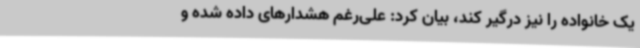
یک خانواده را نیز درگیر کند، بیان کرد: علی‌رغم هشدارهای داده شده و